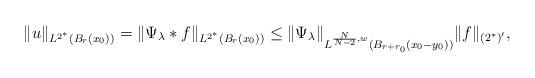
LaTeX: \begin{align*} \|u\|_{L^{2^\ast}(B_r(x_0))}=\|\Psi_\lambda\ast f\|_{L^{2^\ast}(B_r(x_0))}\leq \|\Psi_\lambda\|_{L^{\frac{N}{N-2},w}(B_{r+r_0}(x_0-y_0))} \|f\|_{(2^\ast)'},\end{align*}